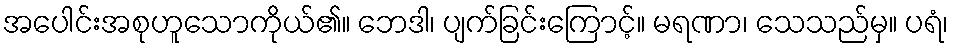
အပေါင်းအစုဟူသောကိုယ်၏။ ဘေဒါ၊ ပျက်ခြင်းကြောင့်။ မရဏာ၊ သေသည်မှ။ ပရံ၊